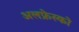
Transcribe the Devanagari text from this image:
अलफ्रेस्को